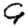
Digit: 9